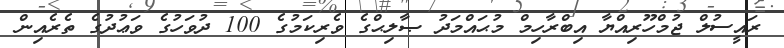
ރައީސުލް ޖުމްހޫރިއްޔާ އިބްރާހިމް މުޙައްމަދު ޞާލިޙްގެ ވެރިކަމުގެ 100 ދުވަހުގެ ވަޢުދުގެ ތެރެއިން